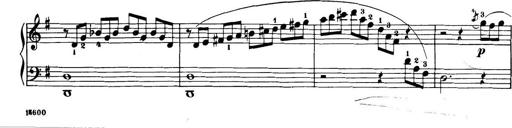
Title: 32 Sonatinas and Rondos for the Piano
Composer: Richard Kleinmichel